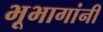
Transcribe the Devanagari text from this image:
भूभागांनी